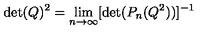
\det ( Q ) ^ { 2 } = \lim _ { n \rightarrow \infty } [ \det ( P _ { n } ( Q ^ { 2 } ) ) ] ^ { - 1 }